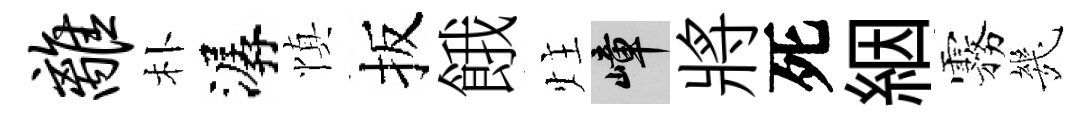
离朴潺慎扳餓炷嶂將死絪霧㡬